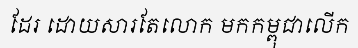
ដែរ ដោយសារតែលោក មកកម្ពុជាលើក